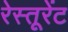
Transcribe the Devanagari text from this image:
रेस्तूरेंट